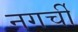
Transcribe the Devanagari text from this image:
नगर्ची